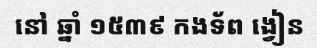
នៅ ឆ្នាំ ១៥៣៩ កងទ័ព ង្វៀន